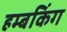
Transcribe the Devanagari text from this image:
हम्बकिंग